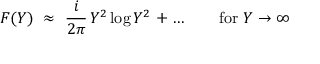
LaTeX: { \cal F } ( Y ) ~ \approx ~ \frac { i } { 2 \pi } \, Y ^ { 2 } \log { Y ^ { 2 } } \, + \ldots \qquad \mathrm { f o r ~ } Y \to \infty